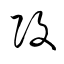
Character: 攻